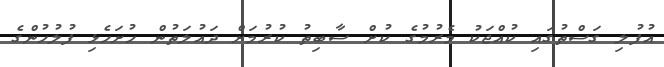
އުފުލި ގަސްތުގައި ކުއްޖަކު މެރުމުގެ ކުށް ސާބިތު ކުރުމަށް ދައުލަތުން ހުށަހެޅި ފުލުހުންގެ